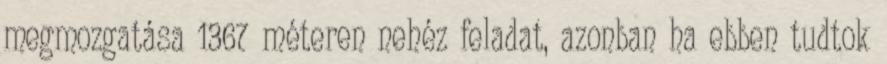
megmozgatása 1367 méteren nehéz feladat, azonban ha ebben tudtok